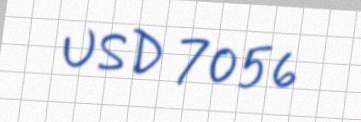
USD 7056